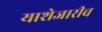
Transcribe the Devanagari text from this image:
याशेजारीच